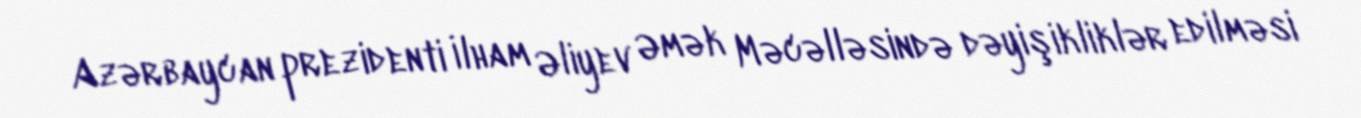
Azərbaycan prezidenti İlham Əliyev Əmək Məcəlləsində dəyişikliklər edilməsi